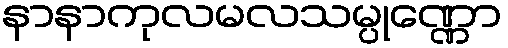
နာနာကုလမလသမ္ပုဏ္ဏော